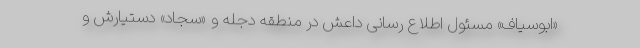
«ابوسیاف» مسئول اطلاع رسانی داعش در منطقه دجله و «سجاد» دستیارش و